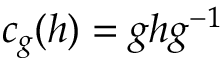
c _ { g } ( h ) = g h g ^ { - 1 }